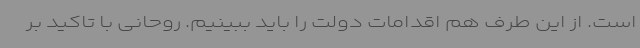
است. از این طرف هم اقدامات دولت را باید ببینیم. روحانی با تاکید بر